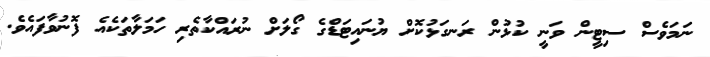
ނަމަވެސް ސިޓީން ވަނީ ކުޅުން ރަނގަޅުކޮށް ޔުނައިޓަޑްގެ ގޯލަށް ނުރައްކާތެރި ހަމަލާތަކެއެ ފޮނުވާފައެވެ.